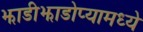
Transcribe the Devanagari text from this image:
झाडीझाडोप्यामध्ये